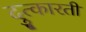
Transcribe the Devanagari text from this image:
दुत्कारती